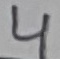
Text: 4